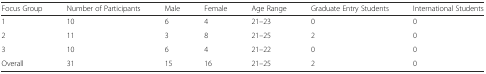
<table><thead><tr><td><b>Focus Group</b></td><td><b>Number of Participants</b></td><td><b>Male</b></td><td><b>Female</b></td><td><b>Age Range</b></td><td><b>Graduate Entry Students</b></td><td><b>International Students</b></td></tr></thead><tbody><tr><td>1</td><td>10</td><td>6</td><td>4</td><td>21–23</td><td>0</td><td>0</td></tr><tr><td>2</td><td>11</td><td>3</td><td>8</td><td>21–25</td><td>2</td><td>0</td></tr><tr><td>3</td><td>10</td><td>6</td><td>4</td><td>21–22</td><td>0</td><td>0</td></tr><tr><td>Overall</td><td>31</td><td>15</td><td>16</td><td>21–25</td><td>2</td><td>0</td></tr></tbody></table>